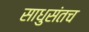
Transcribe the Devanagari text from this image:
साधुसंतच